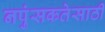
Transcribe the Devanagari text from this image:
नपुंसकतेसाठी